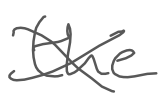
Text: the
Cross-out: cross
Writing tool: digital_gray